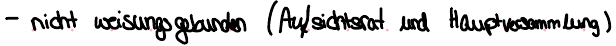
- nicht weisungsgebunden (Aufsichtsrat und Hauptversammlung)